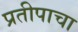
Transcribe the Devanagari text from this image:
प्रतीपाचा